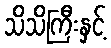
သိသိကြီးနှင့်